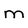
Character: m